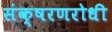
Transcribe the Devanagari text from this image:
संक्षरणरोधी